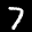
Digit: 7